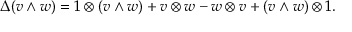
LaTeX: \Delta ( v \wedge w ) = 1 \otimes ( v \wedge w ) + v \otimes w - w \otimes v + ( v \wedge w ) \otimes 1 .